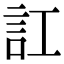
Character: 訌